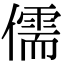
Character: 儒